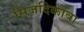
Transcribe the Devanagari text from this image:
सिज़दिकोवा